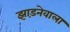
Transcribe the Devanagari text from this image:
झाड़नेवाला